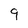
Character: 9